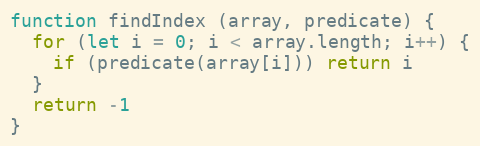
Language: JavaScript
function findIndex (array, predicate) {
  for (let i = 0; i < array.length; i++) {
    if (predicate(array[i])) return i
  }
  return -1
}